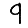
Digit: 9